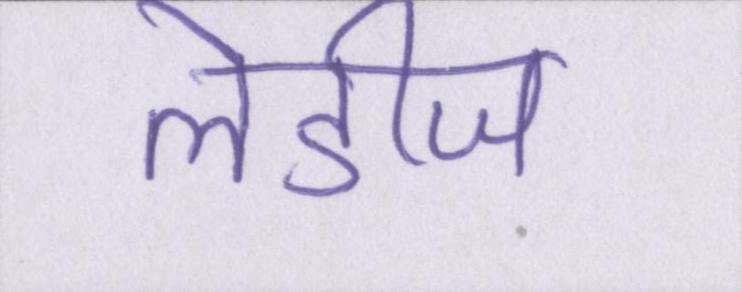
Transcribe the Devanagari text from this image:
लेडीज